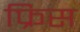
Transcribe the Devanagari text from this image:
फ्रिस